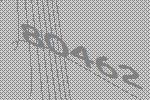
80462